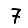
Digit: 7